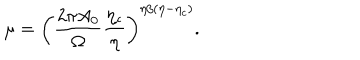
\mu = \left( \frac { 2 \pi A _ { 0 } } { \Omega } \frac { \eta _ { c } } { \eta } \right) ^ { \eta / ( \eta - \eta _ { c } ) } .